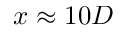
x \approx 1 0 D